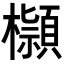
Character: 𣟓